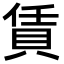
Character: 賃